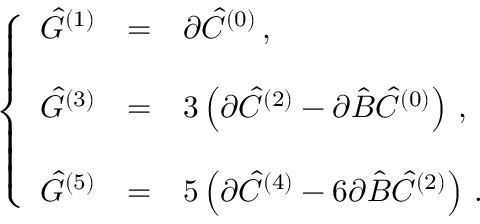
\left\{ \begin{array} { r c l } { { \hat { G } ^ { ( 1 ) } } } & { { = } } & { { \partial \hat { C } ^ { ( 0 ) } \, , } } \\ { { } } & { { } } & { { } } \\ { { \hat { G } ^ { ( 3 ) } } } & { { = } } & { { 3 \left( \partial \hat { C } ^ { ( 2 ) } - \partial \hat { \cal B } \hat { C } ^ { ( 0 ) } \right) \, , } } \\ { { } } & { { } } & { { } } \\ { { \hat { G } ^ { ( 5 ) } } } & { { = } } & { { 5 \left( \partial \hat { C } ^ { ( 4 ) } - 6 \partial \hat { \cal B } \hat { C } ^ { ( 2 ) } \right) \, . } } \end{array} \right.